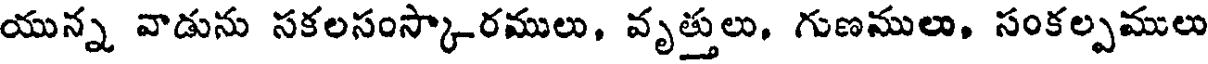
యున్న వాడును సకలసంస్కారములు, వృత్తులు, గుణములు, సంకల్పములు